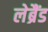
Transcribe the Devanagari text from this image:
लेब्रैंड